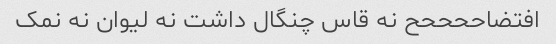
افتضاححححح نه قاس چنگال داشت نه لیوان نه نمک